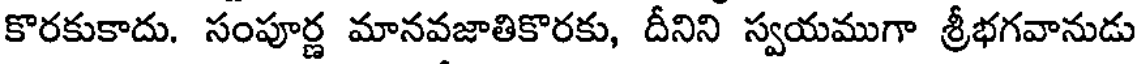
కొరకుకాదు. సంపూర్ణ మానవజాతికొరకు, దీనిని స్వయముగా శ్రీభగవానుడు